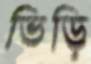
ভিড়ি